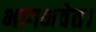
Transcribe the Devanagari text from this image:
भागभवेत।